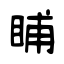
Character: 䀯